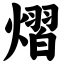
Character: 熠